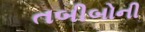
તબીબોની